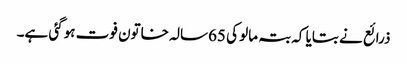
ذرائع نے بتایا کہ بتہ مالو کی 65سالہ خاتون فوت ہوگئی ہے۔